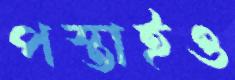
পস্তাইও